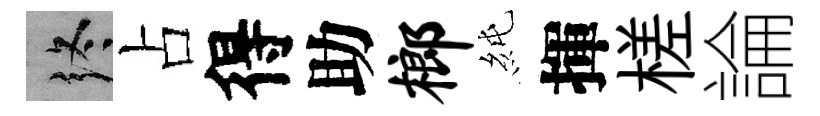
终占得助榔純揮槎論